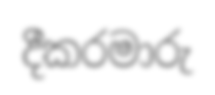
දීකරමාරු